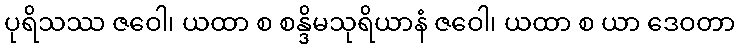
ပုရိသဿ ဇဝေါ၊ ယထာ စ စန္ဒိမသုရိယာနံ ဇဝေါ၊ ယထာ စ ယာ ဒေဝတာ